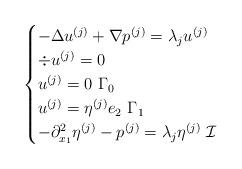
LaTeX: \begin{align*}\begin{cases} - \Delta u^{(j)} + \nabla p^{(j)} = \lambda_j u^{(j)}\\\div u^{(j)}=0\\u^{(j)}=0 \ \Gamma_0\\u^{(j)}=\eta^{(j)} e_2 \ \Gamma_1\\ -\partial_{x_1}^2 \eta^{(j)} - p^{(j)}=\lambda_j \eta^{(j)} \ \mathcal{I}\end{cases}\end{align*}